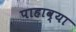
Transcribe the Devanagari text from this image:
पाहाव्या